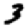
Digit: 3